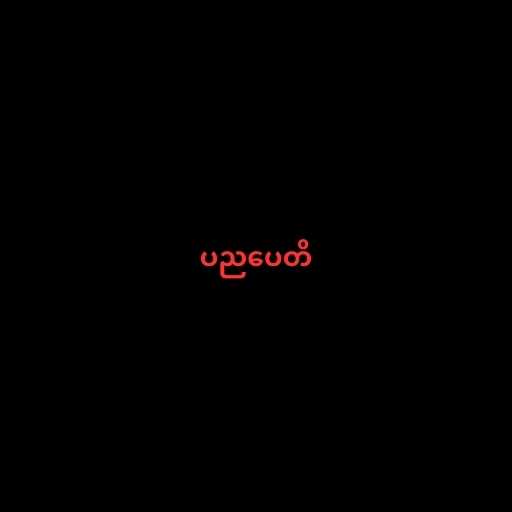
ပညပေတိ